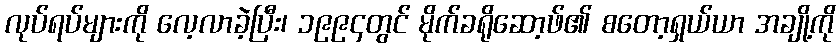
လုပ်ရပ်များကို လေ့လာခဲ့ပြီး၊ ၁၉၉၄တွင် မိုက်ခရိုဆော့ဖ်၏ စတော့ရှယ်ယာ အချို့ကို